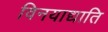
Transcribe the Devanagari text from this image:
विनयाद्याति